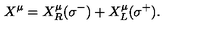
X ^ { \mu } = X _ { R } ^ { \mu } ( \sigma ^ { - } ) + X _ { L } ^ { \mu } ( \sigma ^ { + } ) .